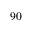
9 0